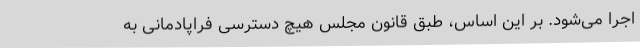
اجرا می‌شود. بر این اساس، طبق قانون مجلس هیچ دسترسی فراپادمانی به